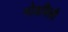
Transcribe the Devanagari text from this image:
नोडविली